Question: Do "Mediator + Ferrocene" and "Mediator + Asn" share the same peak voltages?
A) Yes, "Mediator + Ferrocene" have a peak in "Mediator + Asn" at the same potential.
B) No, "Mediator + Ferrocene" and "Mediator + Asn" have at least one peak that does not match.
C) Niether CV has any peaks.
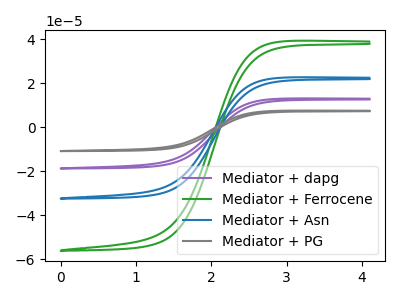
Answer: <think>The purple curve "Mediator + dapg" has no peaks. The green curve "Mediator + Ferrocene" has no peaks. The blue curve "Mediator + Asn" has no peaks. The gray curve "Mediator + PG" has no peaks.</think>
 <answer>C) Niether CV has any peaks.</answer>
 <eval>C</eval>